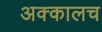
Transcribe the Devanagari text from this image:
अक्कालच